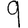
Digit: 9